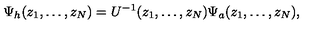
\Psi _ { h } ( z _ { 1 } , \dots , z _ { N } ) = U ^ { - 1 } ( z _ { 1 } , \dots , z _ { N } ) \Psi _ { a } ( z _ { 1 } , \dots , z _ { N } ) ,